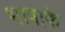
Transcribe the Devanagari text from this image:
भाषाके